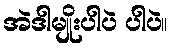
အဲဒါမျိုးပါပဲ ပါပဲ။